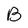
Character: B